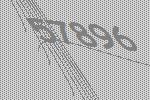
57896